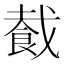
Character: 𬲏